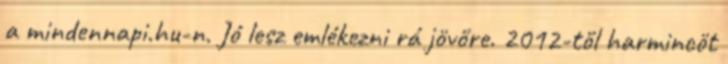
a mindennapi.hu-n. Jó lesz emlékezni rá jövőre. 2012-től harmincöt